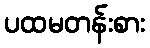
ပထမတန်းစား